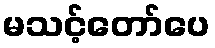
မသင့်တော်ပေ